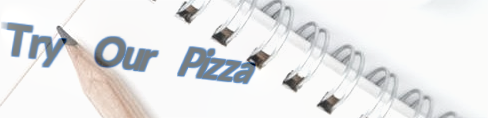
Try Our Pizza